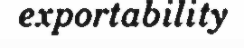
exportability